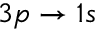
3 p \to 1 s